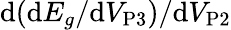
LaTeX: \mathrm{d}(\mathrm{d}E_{g}/\mathrm{d}V_{\mathrm{P3}})/\mathrm{d}V_{\mathrm{P2}}